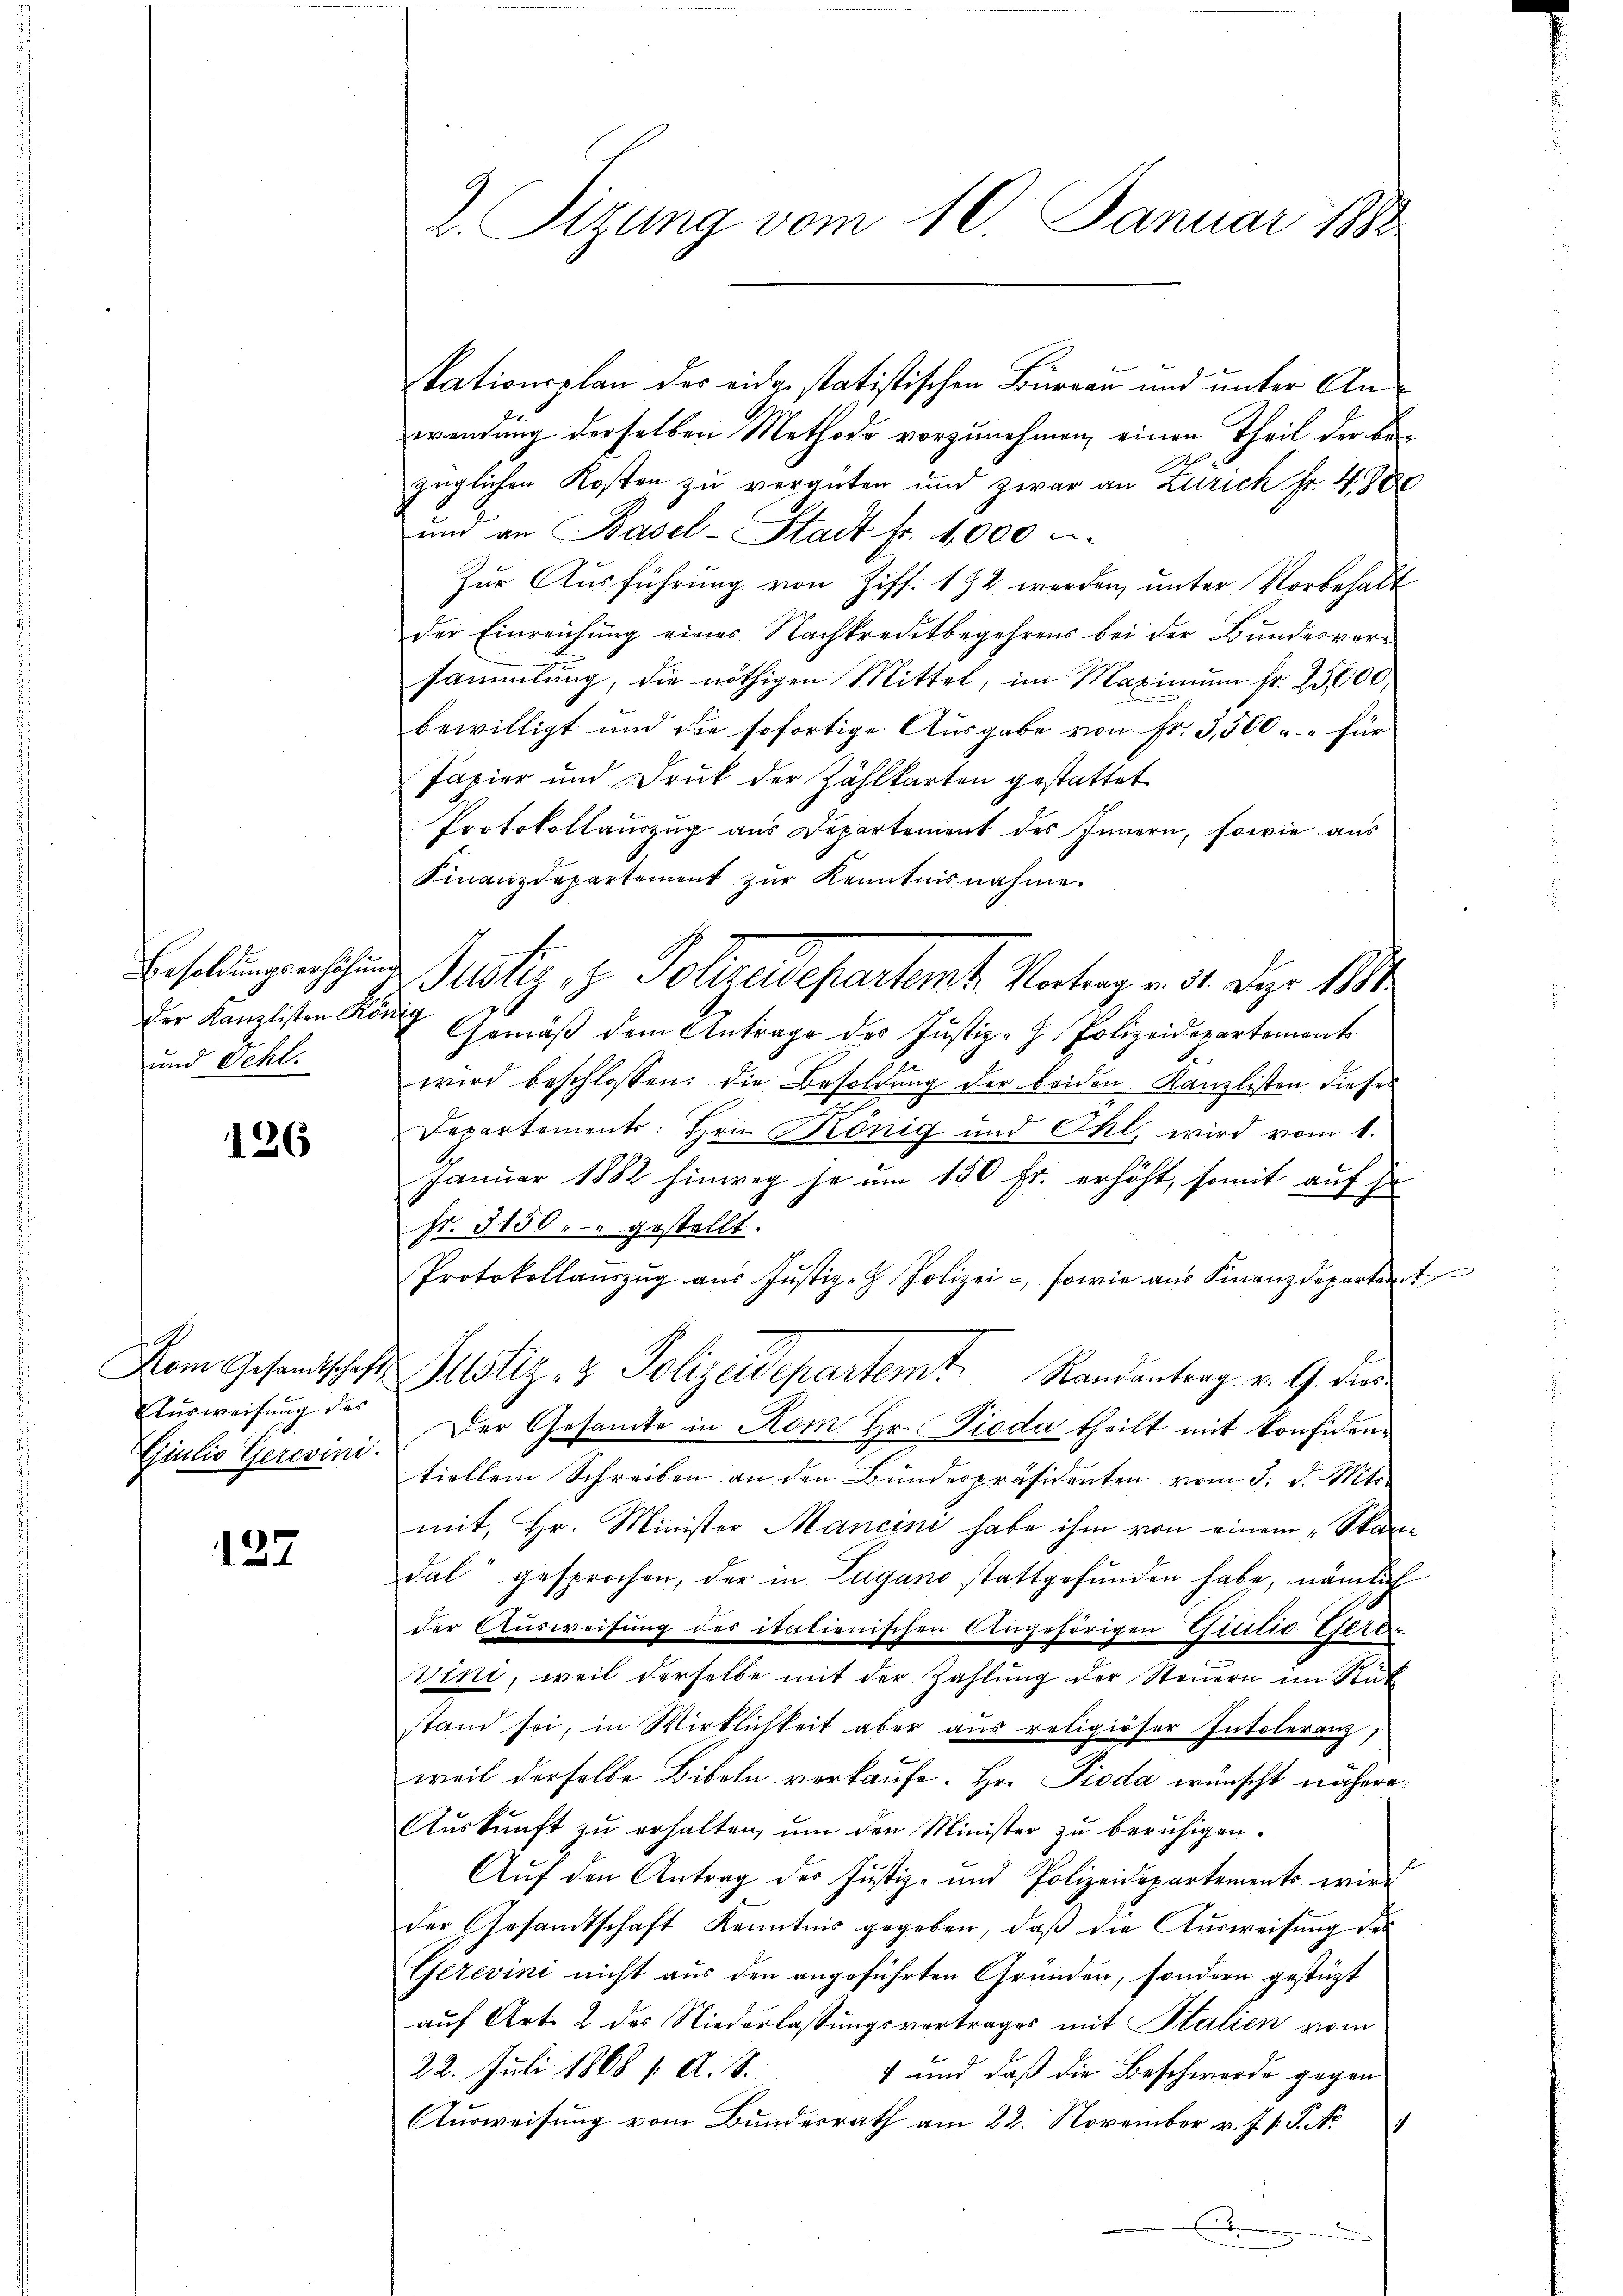
Besoldungserhöhun
der Kanzlisten Kön
und Seht.

126

G
Nom Gesandtschaft
Ausweisung des
Giulio Gerevini.

127

2. Tigung vom 10. Januar 1888

kationsplan des eidge statistischen Burgau und unter Anwendung derselben Mothode vorzunehmen, einen Theil der Bezüglichen Kosten zu vergüten und zwar an Zürich fr. 498
und an Basel-Stadt fr. 4,000 u
Zur Ausführung von Ziff. 192 werden, unter Vorbehalt
der Einreichung eines Nachkreditbegehrens bei der Bundesversammlung, die nöthigen Mittel, im Maximum fr. 25,000,
bewilligt und die sofortige Ausgabe von fr. 3,500 für
Papier und Druk der Zählkarten gestattet
Protokollauszug aus Departement des Innern, sowie aus
Finanzdepartement zŭr Kenntnisnahme
Justiz, z. Polizendepartent. Vortrag v. 1. Dez. 1814.
g
Gemäß dem Antrage des Justiz-Z. Polizeidepartements
wird beschlossen: die Besoldung der beiden Kanzlisten dieser
Departements. Hrn. König und Öhl, wird vom 1.
Januar 1882 hinweg je um 150 Fr. erhöht, somit auf se
fr. 3150.- gestellt.
Protokollaŭszŭg aŭs Justiz- Polizei-, sowie aus Finanzdepartent
Justiz- & Polizeidepartemt. Randanterg v. 9. die
Der Gesamte in Rom Hr. Pioda theilt mit konfidentiellem Schreiben an den Bundespräsidenten vom 3. d. Mts.
mit, Hr. Minister Mancini habe ihm von einem „Spanidal gesprochen, der in Zugano stattgefunden habe, nämlich
der Ausweisung des itationischen Angehörigen Glitio Peter
Vini, weil derselbe mit der Zahlung der Steuern im Rüt
stand sei, in Wirklichkeit aber aus religiöser Intoleranz,
weil derselbe Bibeln verkaufe. Hr. Pioda wünscht nähere
Auskunft zu erhalten, um den Minister zu beruhigen.
Aŭf den Antrag der Justiz- und Polizeidepartements wir
der Gesandtschaft Kenntnis gegeben, daß die Ausweisung des
Gerevini nicht aus den angeführten Gründen, sondern gestüzt
auf Art. 2 des Niederlassungsvortrages mit Stalien vom
22. Juli 1868 f. A. S.
+ und daß die Beschwerde gegen
Ausweisung vom Bundesrath am 22. November v. J. s. S. Nr.
Ei